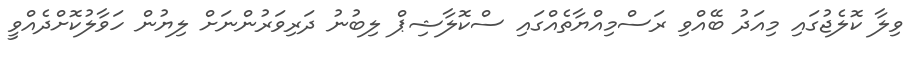
ވިލާ ކޮލެޖުގައި މިއަދު ބޭއްވި ރަސްމިއްޔާތެއްގައި ސްކޮލާޝިޕް ލިބުނު ދަރިވަރުންނަށް ލިޔުން ހަވާލުކޮށްދެއްވީ